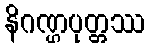
နိဂဏ္ဌပုတ္တဿ